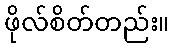
ဖိုလ်စိတ်တည်း။